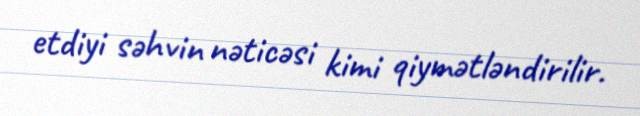
etdiyi səhvin nəticəsi kimi qiymətləndirilir.